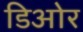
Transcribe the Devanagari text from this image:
डिओर